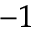
^ { - 1 }